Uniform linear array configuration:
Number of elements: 12
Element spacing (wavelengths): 0.5
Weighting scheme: kaiser
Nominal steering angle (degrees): -45
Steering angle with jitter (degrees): -43.289
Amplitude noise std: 0.05
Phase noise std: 0.05

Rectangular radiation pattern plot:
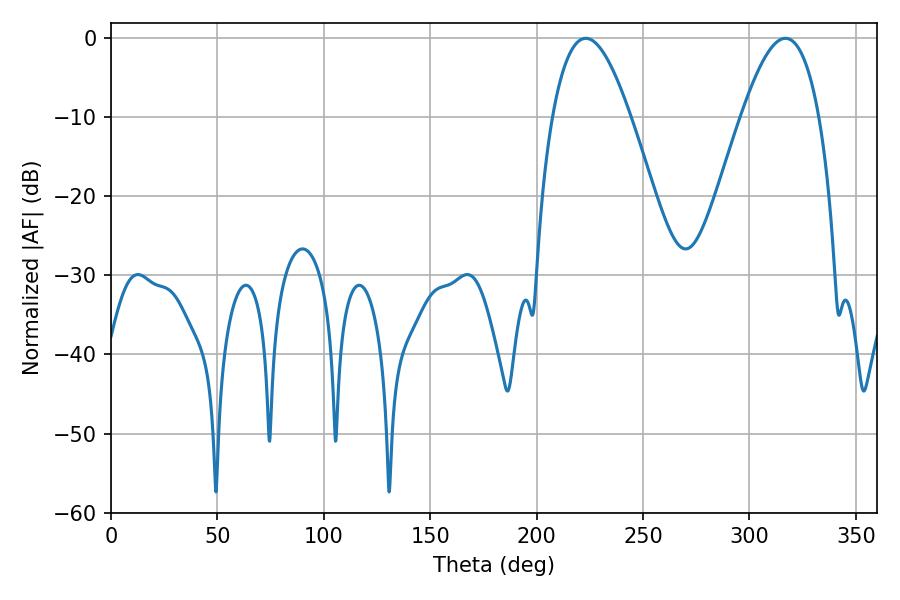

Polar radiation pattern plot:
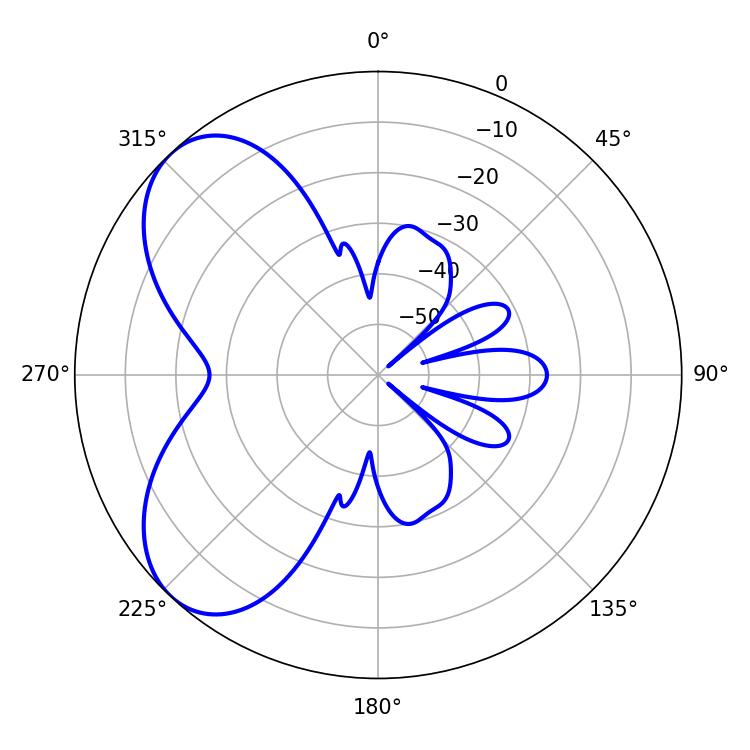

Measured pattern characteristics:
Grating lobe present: FALSE
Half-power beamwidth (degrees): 19.98
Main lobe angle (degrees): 223.02